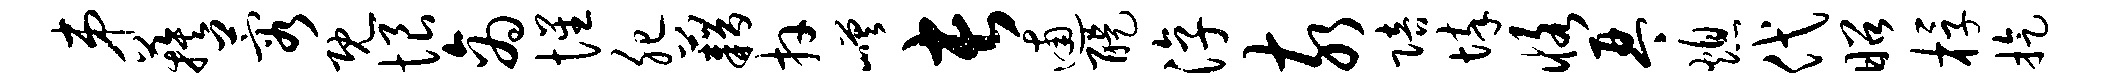
弟蔟蓉既恨商惺肥藉卉嵯长逋醍淳亥陪悴恪琴熄代昭桴旋